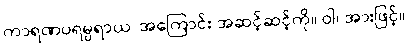
ကာရဏပရမ္ပရာယ၊ အကြောင်း အဆင့်ဆင့်ကို။ ဝါ၊ အားဖြင့်။